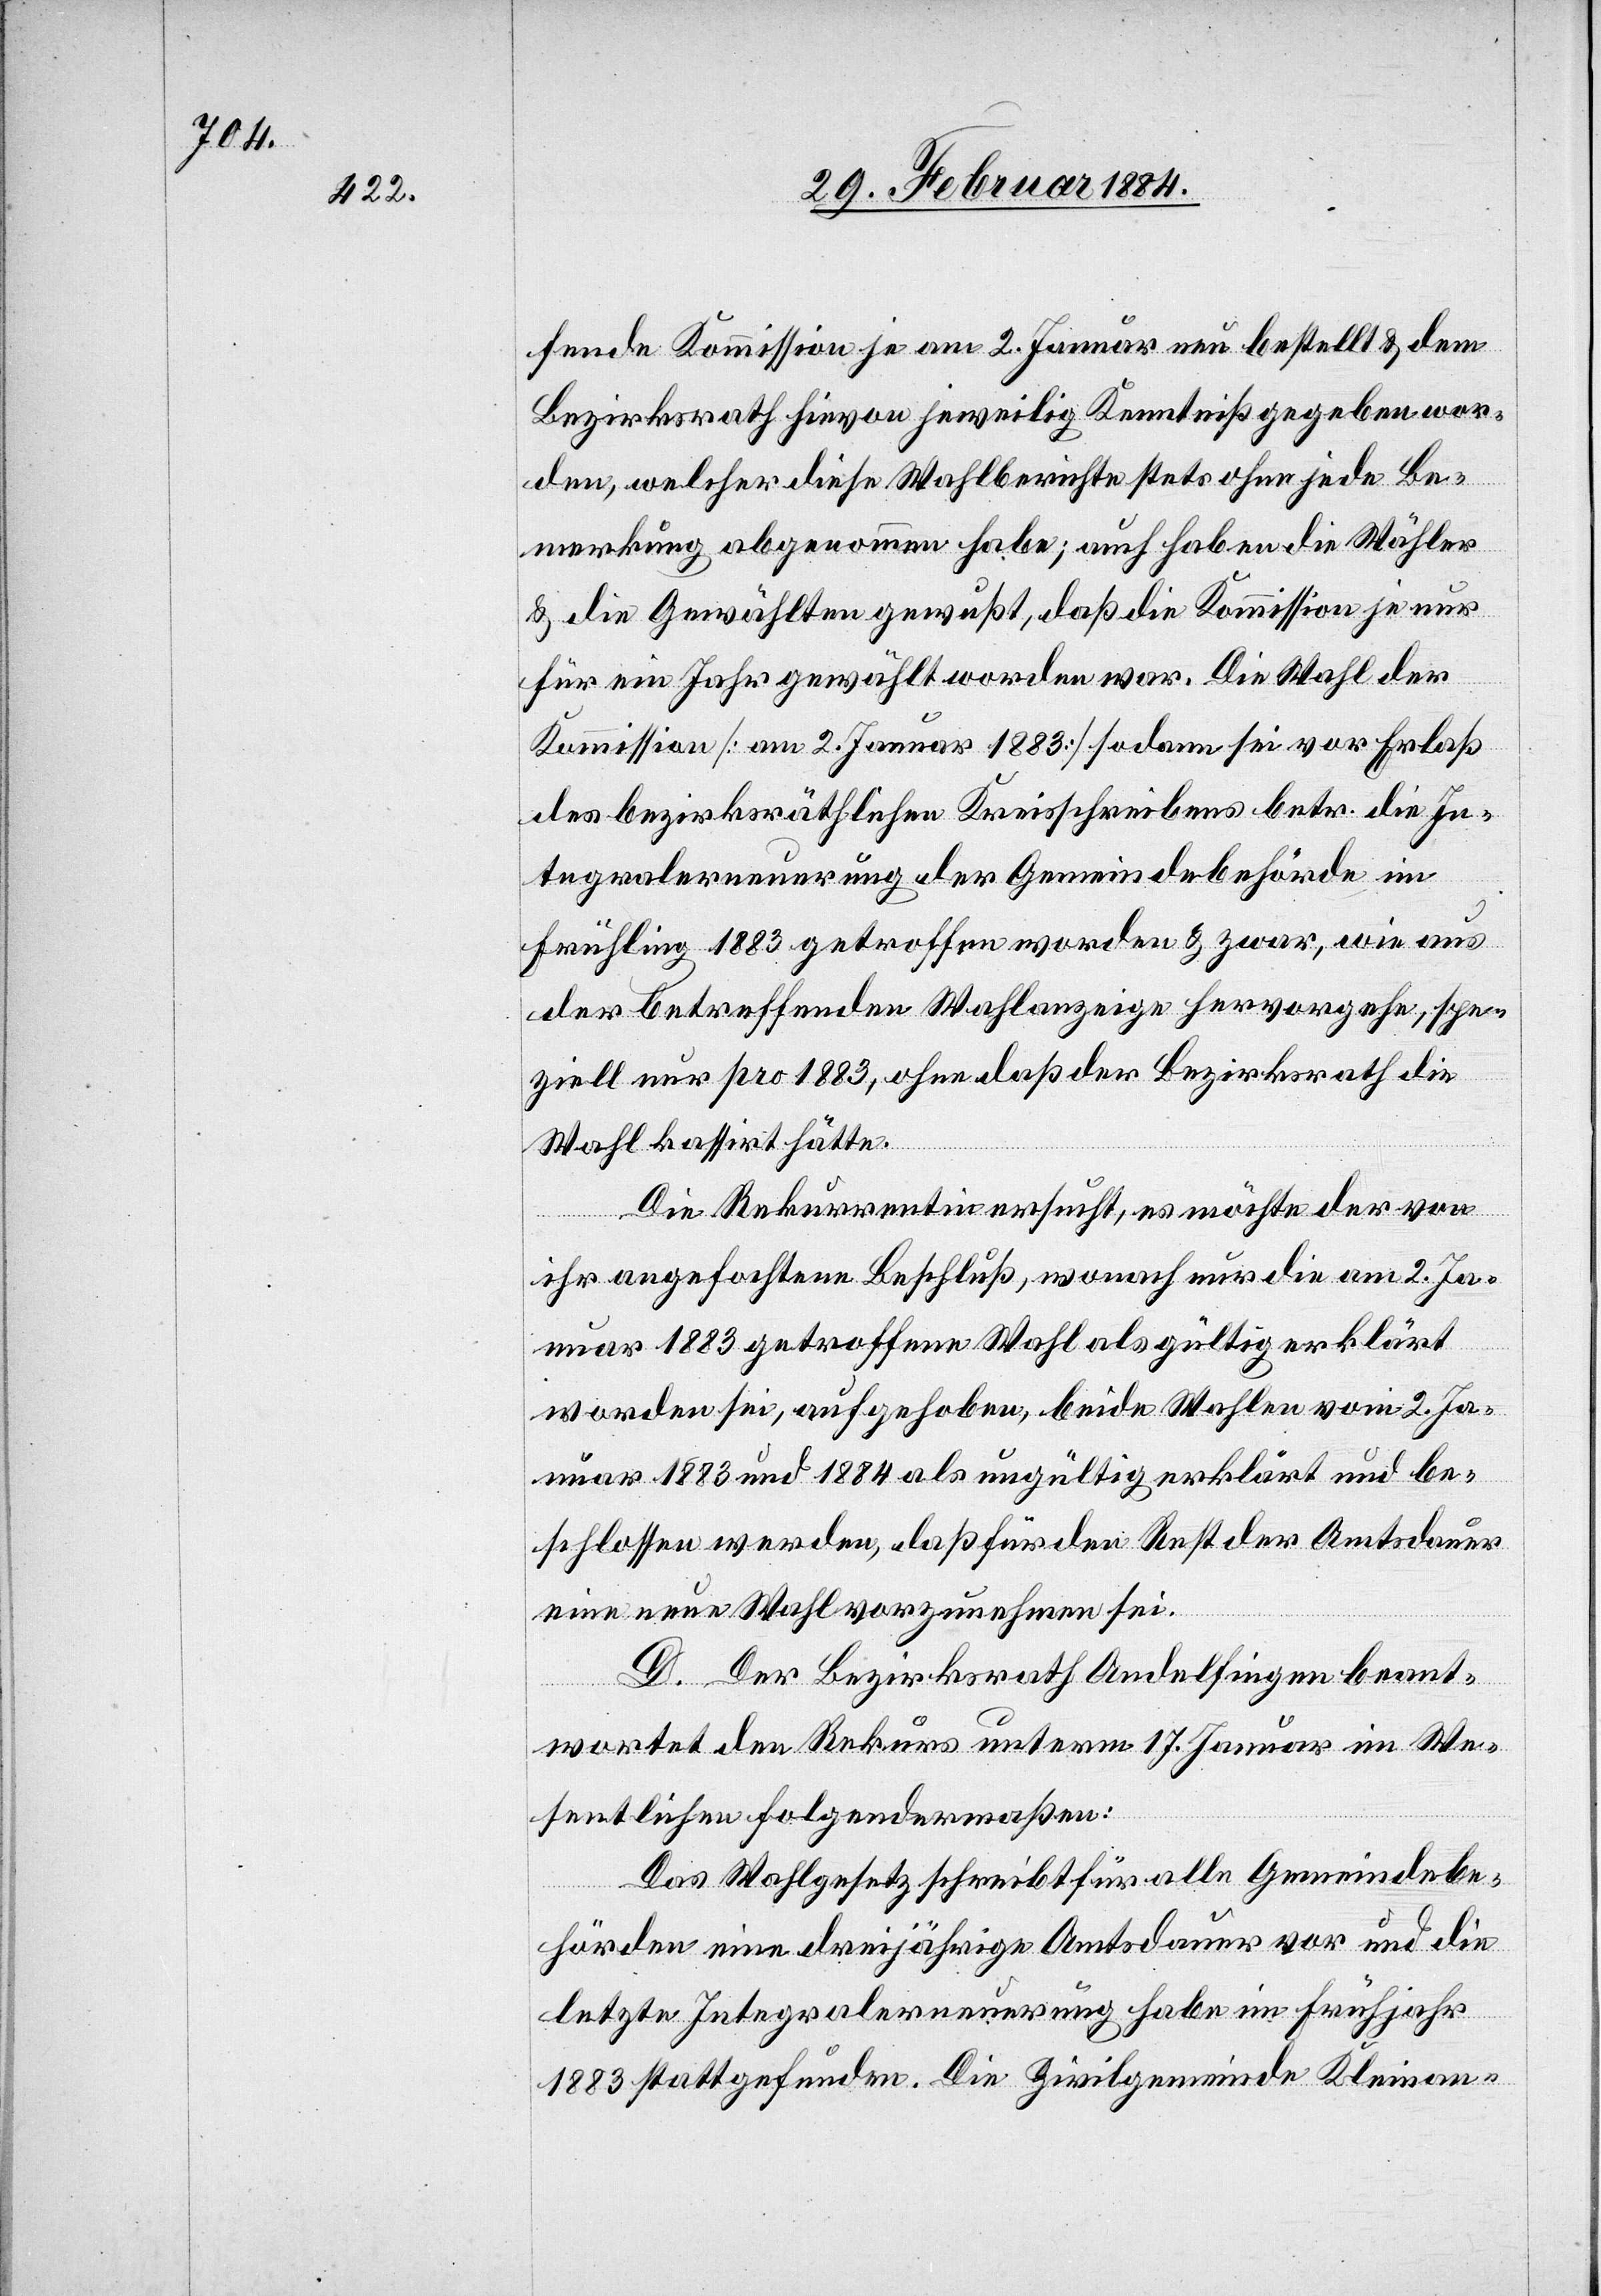
fende Kommission je am 2. Januar neu bestellt & dem
Bezirksrath hievon jeweilig Kenntniß gegeben wor¬
den, welcher diese Wahlberichte stets ohne jede Be¬
merkung abgenommen habe; auch haben die Wähler
& die Gewählten gewußt, daß die Kommission je nur
für ein Jahr gewählt worden war. Die Wahl der
Kommission [am 2. Januar 1883] sodann sei vor Erlaß
des bezirksräthlichen Kreisschreibens betr. die In¬
tegralerneuerung der Gemeindebehörde im
Frühling 1883 getroffen worden & zwar, wie aus
der betreffenden Wahlanzeige hervorgehe, spe¬
ziell nur pro 1883, ohne daß der Bezirksrath die
Wahl kassiert hätte.
Die Rekurrentin ersucht, es möchte der von
ihr angefochtene Beschluß, wonach nur die am 2. Ja¬
nuar 1883 getroffene Wahl als gültig erklärt
worden sei, aufgehoben, beide Wahlen vom 2. Ja¬
nuar 1883 und 1884 als ungültig erklärt und be¬
schlossen werden, daß für den Rest der Amtsdauer
eine neue Wahl vorzunehmen sei.
D. Der Bezirksrath Andelfingen beant¬
wortet den Rekurs unterm 17. Januar im We¬
sentlichen folgendermaßen:
Das Wahlgesetz schreibt für alle Gemeindebe¬
hörden eine dreijährige Amtsdauer vor und die
letzte Integralerneuerung habe im Frühjahr
1883 stattgefunden. Die Zivilgemeinde Kleinan-